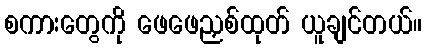
စကားတွေကို ဖေဖေညှစ်ထုတ် ယူချင်တယ်။